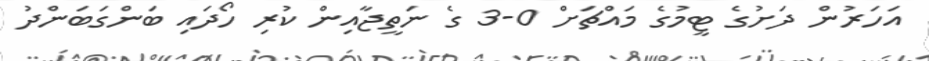
އަހަރުން ދަށުގެ ޓީމުގެ މައްޗަށް 0-3 ގެ ނަތީޖާއިން ކުރި ހޯދައި ބަންގަބަންދު